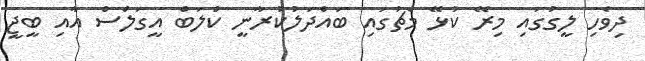
ދިވެހި ލީގުގައި މިރޭ ކުޅޭ މެޗުގައި ބައްދަލުކުރާނީ ކްލަބް އީގަލްސް އާއި ބީޖީ